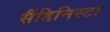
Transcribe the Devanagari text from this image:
सैंडिनिस्टा